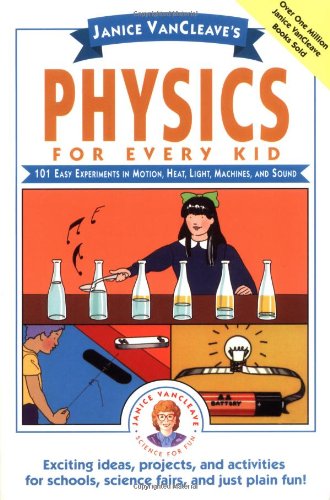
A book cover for Janice VanCleave's Physics for Every Kid: 101 Easy Experiments in Motion, Heat, Light, Machines, and Sound; Janice VanCleave; Children's Books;